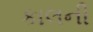
કાલની